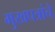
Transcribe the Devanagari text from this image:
मुखपत्रांचे